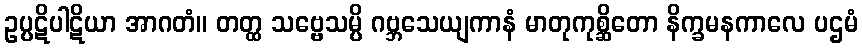
ဥပ္ပဋိပါဋိယာ အာဂတံ။ တတ္ထ သဗ္ဗေသမ္ပိ ဂဗ္ဘသေယျကာနံ မာတုကုစ္ဆိတော နိက္ခမနကာလေ ပဌမံ